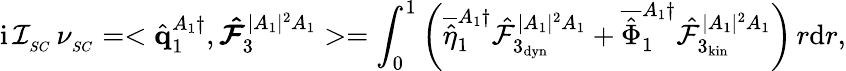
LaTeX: \mathrm{i}\, \mathcal{I}_{_{SC}}\, \nu_{_{SC}}=<\hat{\mathbf{q}}_{1}^{A_{1}\dagger},\boldsymbol{\hat{\mathcal{F}}}_{3}^{|A_{1}|^{2}A_{1}}>=\int_{0}^{1}\left(\overline{{\hat{\eta}}}_{1}^{A_{1}\dagger}\hat{\mathcal{F}}_{3_{\mathrm{dyn}}}^{|A_{1}|^{2}A_{1}}+\overline{{\hat{\Phi}}}_{1}^{A_{1}\dagger}\hat{\mathcal{F}}_{3_{\mathrm{kin}}}^{|A_{1}|^{2}A_{1}}\right)\, r\mathrm{d}r,